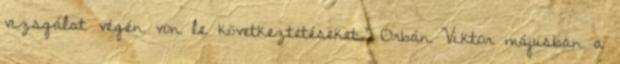
vizsgálat végén von le következtetéseket.” Orbán Viktor májusban a